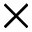
\times